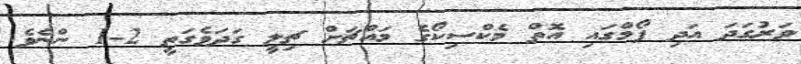
ވަރުގަދަ އަދި ފޯމްގައި އޮތް މެކްސިކޯގެ މައްޗަށް ޗިލީ ގަދަވެގަތީ 2-1 ންނެވެ.